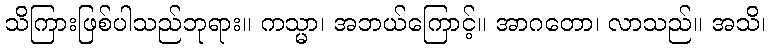
သိကြားဖြစ်ပါသည်ဘုရား။ ကသ္မာ၊ အဘယ်ကြောင့်။ အာဂတော၊ လာသည်။ အသိ၊